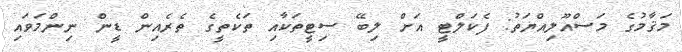
މަޤާމުގެ މަސްއޫލިއްޔަތު: ފެކަލްޓީ އަށް ލިބޭ ސިޓީތަކާއި ތަކެތީގެ ތެރެއިން ޑީން ނިންމަވައި